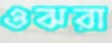
ওঝরা